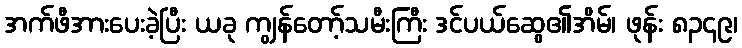
အက်ဖီအားပေးခဲ့ပြီး ယခု ကျွန်တော့်သမီးကြီး ဒင်ပယ်ဆွေ၏အိမ်၊ ဖုန်း ၈၃၄၉၊